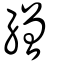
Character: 繒